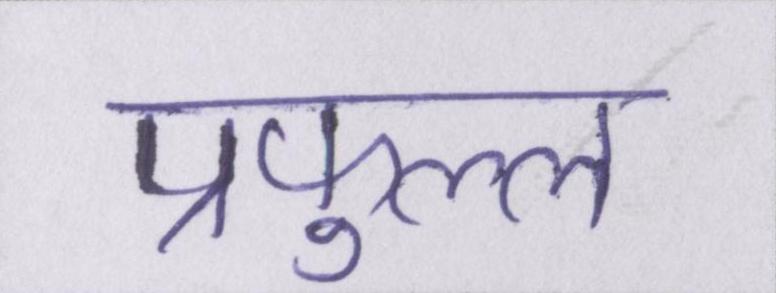
प्रफुल्ल